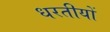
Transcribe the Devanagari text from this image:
धरतीयों